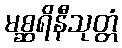
မစ္ဆရိနီသုတ္တံ